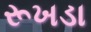
રૂખડા